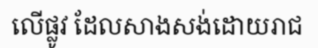
លើផ្លូវ ដែលសាងសង់ដោយរាជ